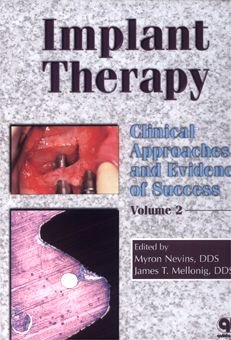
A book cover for Implant Therapy: Clinical Approaches & Evidence of Success, Volume 2; Myron Nevins; Medical Books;